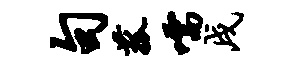
句菰嚅戌